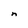
Character: n